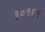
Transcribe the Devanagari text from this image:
३०१६९